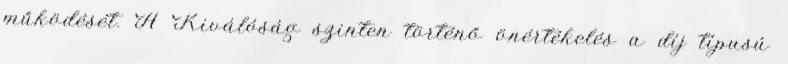
működését. A Kiválóság szinten történő önértékelés a díj típusú